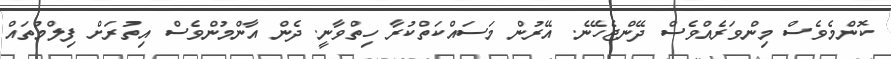
ކޮންމެވެސް މިންވަރެއްވެސް ދޭންޖެހޭނެ. އޭރުން މަސައްކަތްކުރާ ހިތްވާނީ. ދެން އާންމުންވެސް އިތުރަށް ފިލްމުތައް